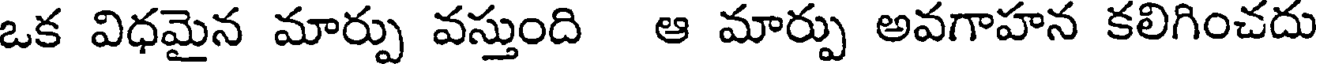
ఒక విధమైన మార్పు వస్తుంది ఆ మార్పు అవగాహన కలిగించదు